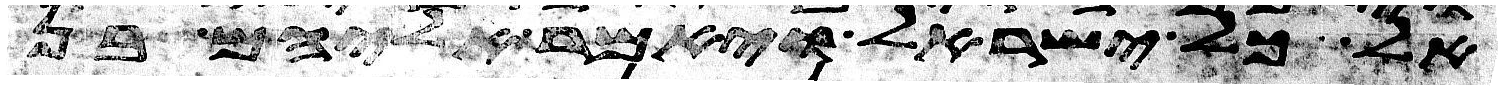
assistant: אל כל ישראל ויאמר אליהם בן